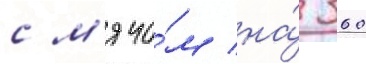
с м'ячо́м на́ 360